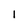
Character: 1